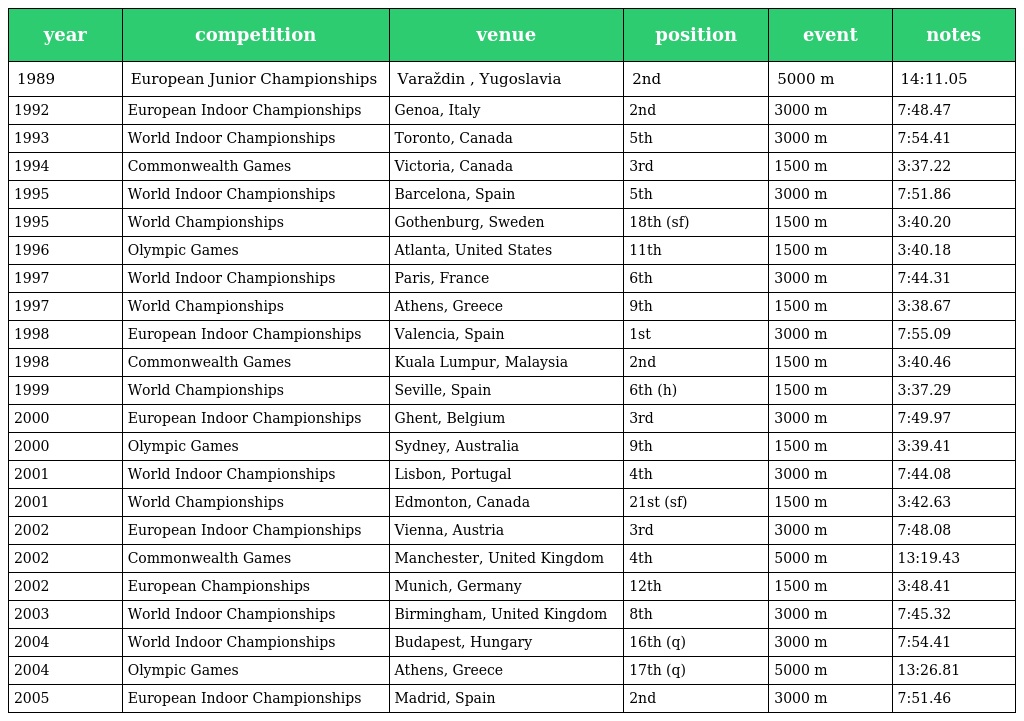
| year | competition | venue | position | event | notes |
 | --- | --- | --- | --- | --- | --- |
 | 1989 | European Junior Championships | Varaždin , Yugoslavia | 2nd | 5000 m | 14:11.05 |
 | 1992 | European Indoor Championships | Genoa, Italy | 2nd | 3000 m | 7:48.47 |
 | 1993 | World Indoor Championships | Toronto, Canada | 5th | 3000 m | 7:54.41 |
 | 1994 | Commonwealth Games | Victoria, Canada | 3rd | 1500 m | 3:37.22 |
 | 1995 | World Indoor Championships | Barcelona, Spain | 5th | 3000 m | 7:51.86 |
 | 1995 | World Championships | Gothenburg, Sweden | 18th (sf) | 1500 m | 3:40.20 |
 | 1996 | Olympic Games | Atlanta, United States | 11th | 1500 m | 3:40.18 |
 | 1997 | World Indoor Championships | Paris, France | 6th | 3000 m | 7:44.31 |
 | 1997 | World Championships | Athens, Greece | 9th | 1500 m | 3:38.67 |
 | 1998 | European Indoor Championships | Valencia, Spain | 1st | 3000 m | 7:55.09 |
 | 1998 | Commonwealth Games | Kuala Lumpur, Malaysia | 2nd | 1500 m | 3:40.46 |
 | 1999 | World Championships | Seville, Spain | 6th (h) | 1500 m | 3:37.29 |
 | 2000 | European Indoor Championships | Ghent, Belgium | 3rd | 3000 m | 7:49.97 |
 | 2000 | Olympic Games | Sydney, Australia | 9th | 1500 m | 3:39.41 |
 | 2001 | World Indoor Championships | Lisbon, Portugal | 4th | 3000 m | 7:44.08 |
 | 2001 | World Championships | Edmonton, Canada | 21st (sf) | 1500 m | 3:42.63 |
 | 2002 | European Indoor Championships | Vienna, Austria | 3rd | 3000 m | 7:48.08 |
 | 2002 | Commonwealth Games | Manchester, United Kingdom | 4th | 5000 m | 13:19.43 |
 | 2002 | European Championships | Munich, Germany | 12th | 1500 m | 3:48.41 |
 | 2003 | World Indoor Championships | Birmingham, United Kingdom | 8th | 3000 m | 7:45.32 |
 | 2004 | World Indoor Championships | Budapest, Hungary | 16th (q) | 3000 m | 7:54.41 |
 | 2004 | Olympic Games | Athens, Greece | 17th (q) | 5000 m | 13:26.81 |
 | 2005 | European Indoor Championships | Madrid, Spain | 2nd | 3000 m | 7:51.46 |